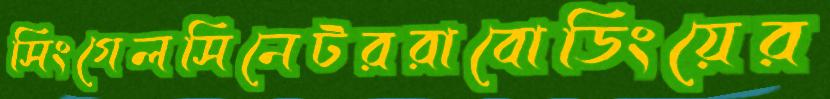
সিংগেলসিনেটররাবোডিংয়ের